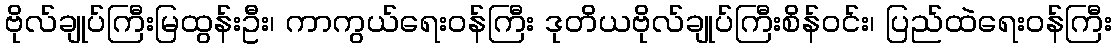
ဗိုလ်ချုပ်ကြီးမြထွန်းဦး၊ ကာကွယ်ရေးဝန်ကြီး ဒုတိယဗိုလ်ချုပ်ကြီးစိန်ဝင်း၊ ပြည်ထဲရေးဝန်ကြီး